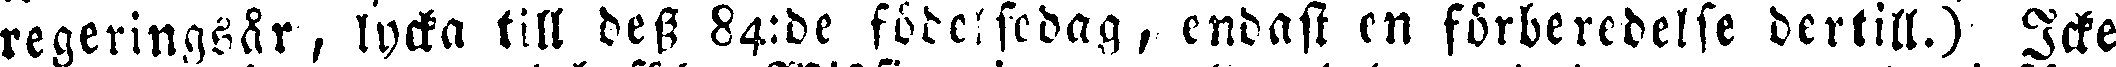
regeringsår, lycka till dess 84:de födelsedag, endast en förberedelse dertill.) Icke